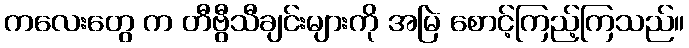
ကလေးတွေ က တီဗွီသီချင်းများကို အမြဲ စောင့်ကြည့်ကြသည်။